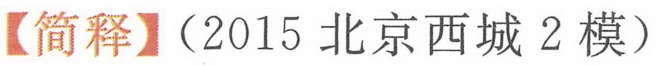
【简释】（2015 北京西城 2 模）